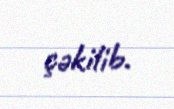
çəkilib.